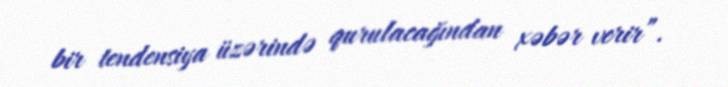
bir tendensiya üzərində qurulacağından xəbər verir”.